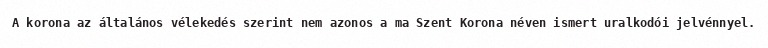
A korona az általános vélekedés szerint nem azonos a ma Szent Korona néven ismert uralkodói jelvénnyel.